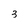
Character: 3